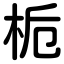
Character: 栀